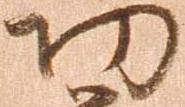
功